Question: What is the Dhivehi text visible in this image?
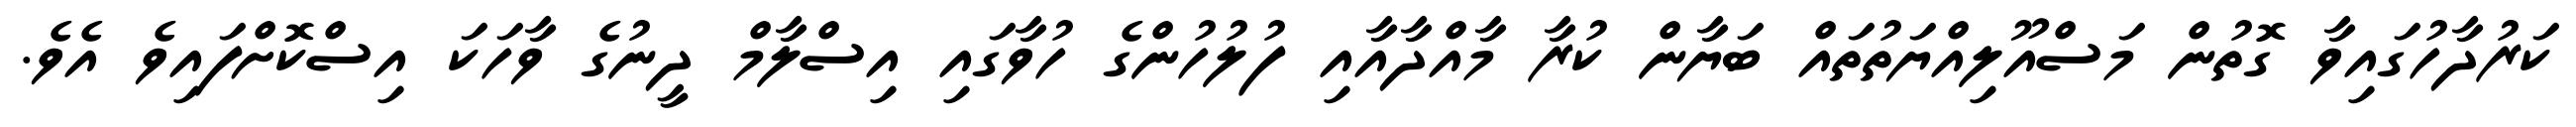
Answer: ކަރުދާހުގައިވާ ގޮތުން މަސްއޫލިއްޔަތުތައް ބަޔާން ކުރާ މާއްދާއާއި ފުލުހުންގެ ހުވާގައި އިސްލާމް ދީނުގެ ވާހަކަ އިސްކޮށްފައިވެ އެވެ.